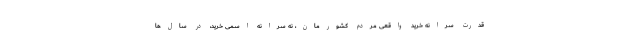
قدرت سرانه خرید واقعی مردم کشورمان، نه سرانه اسمی خرید، در سال‌ها